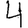
Digit: 4